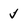
Character: j